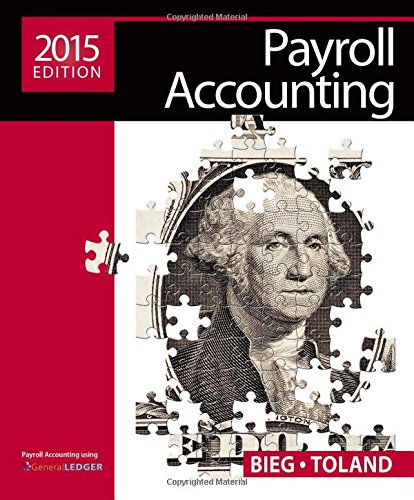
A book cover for Payroll Accounting 2015 (with Cengage Learning's Online General Ledger, 2 terms (12 months) Printed Access Card); Bernard J. Bieg; Business & Money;